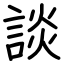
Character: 談